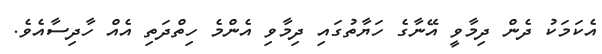
އެކަމަކު ދެން ދިމާވީ އޭނާގެ ހަޔާތުގައި ދިމާވި އެންމެ ހިތްދަތި އެއް ހާދިސާއެވެ.